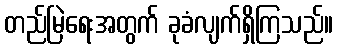
တည်မြဲရေးအတွက် ခုခံလျက်ရှိကြသည်။